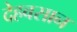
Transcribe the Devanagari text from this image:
देहवसान